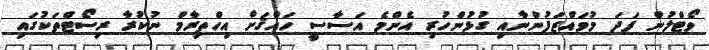
ވޯޓްލުން ފަދަ މުވައްޒަފުންނާއި ގުޅުންހުރި އެންމެ އަސާސީ ހައްޤަށް އިހްތިރާމް ނުކުރާ ރިސޯޓްތަކުގައި